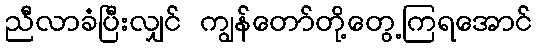
ညီလာခံပြီးလျှင် ကျွန်တော်တို့တွေ့ကြရအောင်